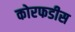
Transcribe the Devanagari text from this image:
कोरफडीस